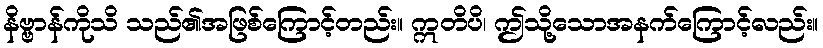
နိဗ္ဗာန်ကိုသိ သည်၏အဖြစ်ကြောင့်တည်း။ ဣတိပိ၊ ဤသို့သောအနက်ကြောင့်လည်း။